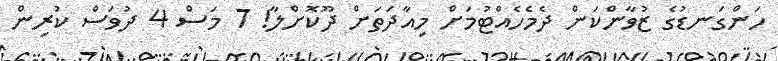
ހަންގަނޑުގެ ޒުވާންކަން ދެމެހެއްޓުމަށް މިއާދަތަށް ދޫކޮށްލާ! 7 މަސް 4 ދުވަސް ކުރިން